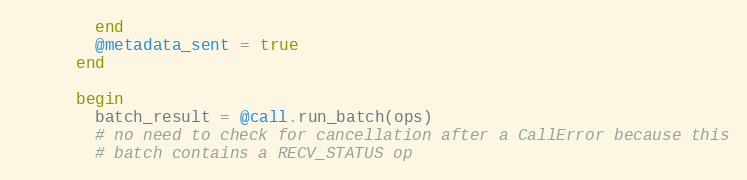
Language: Ruby
        end
        @metadata_sent = true
      end

      begin
        batch_result = @call.run_batch(ops)
        # no need to check for cancellation after a CallError because this
        # batch contains a RECV_STATUS op